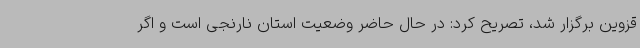
قزوین برگزار شد، تصریح کرد: در حال حاضر وضعیت استان نارنجی است و اگر